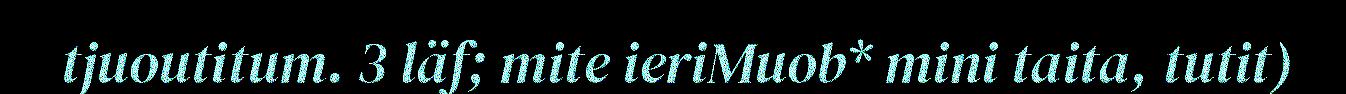
tjuoutitum. 3 läf; mite ieriMuob* mini taita, tutit)